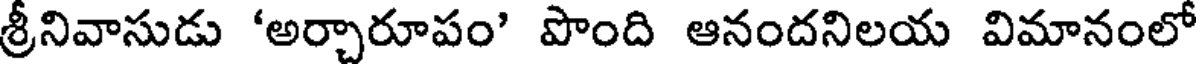
శ్రీనివాసుడు 'అర్చారూపం' పొంది ఆనందనిలయ విమానంలో